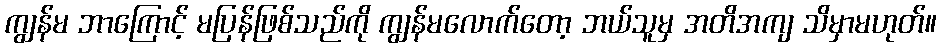
ကျွန်မ ဘာကြောင့် မပြန်ဖြစ်သည်ကို ကျွန်မလောက်တော့ ဘယ်သူမှ အတိအကျ သိမှာမဟုတ်။